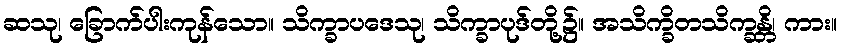
ဆသု၊ ခြောက်ပါးကုန်သော။ သိက္ခာပဒေသု၊ သိက္ခာပုဒ်တို့၌။ အသိက္ခိတသိက္ခန္တိ၊ ကား။